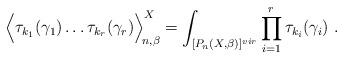
LaTeX: \begin{align*}\Big\langle \tau_{k_1}(\gamma_1)\ldots \tau_{k_r}(\gamma_r)\Big\rangle_{\!n,\beta}^X = \int_{[P_{n}(X,\beta)]^{vir}}\prod_{i=1}^r \tau_{k_i}(\gamma_i)\ . \end{align*}